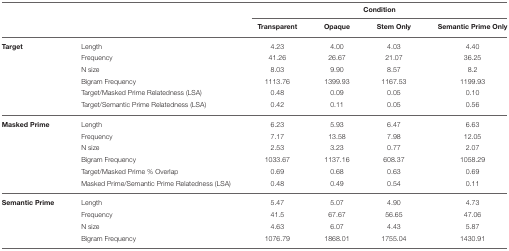
<table><thead><tr><td></td><td></td><td colspan="4"><b>Condition</b></td></tr><tr><td></td><td></td><td><b>Transparent</b></td><td><b>Opaque</b></td><td><b>Stem Only</b></td><td><b>Semantic Prime Only</b></td></tr></thead><tbody><tr><td><b>Target</b></td><td>Length</td><td>4.23</td><td>4.00</td><td>4.03</td><td>4.40</td></tr><tr><td></td><td>Frequency</td><td>41.26</td><td>26.67</td><td>21.07</td><td>36.25</td></tr><tr><td></td><td>N size</td><td>8.03</td><td>9.90</td><td>8.57</td><td>8.2</td></tr><tr><td></td><td>Bigram Frequency</td><td>1113.76</td><td>1399.93</td><td>1167.53</td><td>1199.93</td></tr><tr><td></td><td>Target/Masked Prime Relatedness (LSA)</td><td>0.48</td><td>0.09</td><td>0.05</td><td>0.10</td></tr><tr><td></td><td>Target/Semantic Prime Relatedness (LSA)</td><td>0.42</td><td>0.11</td><td>0.05</td><td>0.56</td></tr><tr><td><b>Masked Prime</b></td><td>Length</td><td>6.23</td><td>5.93</td><td>6.47</td><td>6.63</td></tr><tr><td></td><td>Frequency</td><td>7.17</td><td>13.58</td><td>7.98</td><td>12.05</td></tr><tr><td></td><td>N size</td><td>2.53</td><td>3.23</td><td>0.77</td><td>2.07</td></tr><tr><td></td><td>Bigram Frequency</td><td>1033.67</td><td>1137.16</td><td>608.37</td><td>1058.29</td></tr><tr><td></td><td>Target/Masked Prime % Overlap</td><td>0.69</td><td>0.68</td><td>0.63</td><td>0.69</td></tr><tr><td></td><td>Masked Prime/Semantic Prime Relatedness (LSA)</td><td>0.48</td><td>0.49</td><td>0.54</td><td>0.11</td></tr><tr><td><b>Semantic Prime</b></td><td>Length</td><td>5.47</td><td>5.07</td><td>4.90</td><td>4.73</td></tr><tr><td></td><td>Frequency</td><td>41.5</td><td>67.67</td><td>56.65</td><td>47.06</td></tr><tr><td></td><td>N size</td><td>4.63</td><td>6.07</td><td>4.43</td><td>5.87</td></tr><tr><td></td><td>Bigram Frequency</td><td>1076.79</td><td>1868.01</td><td>1755.04</td><td>1430.91</td></tr></tbody></table>